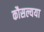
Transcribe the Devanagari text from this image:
कौसल्यया